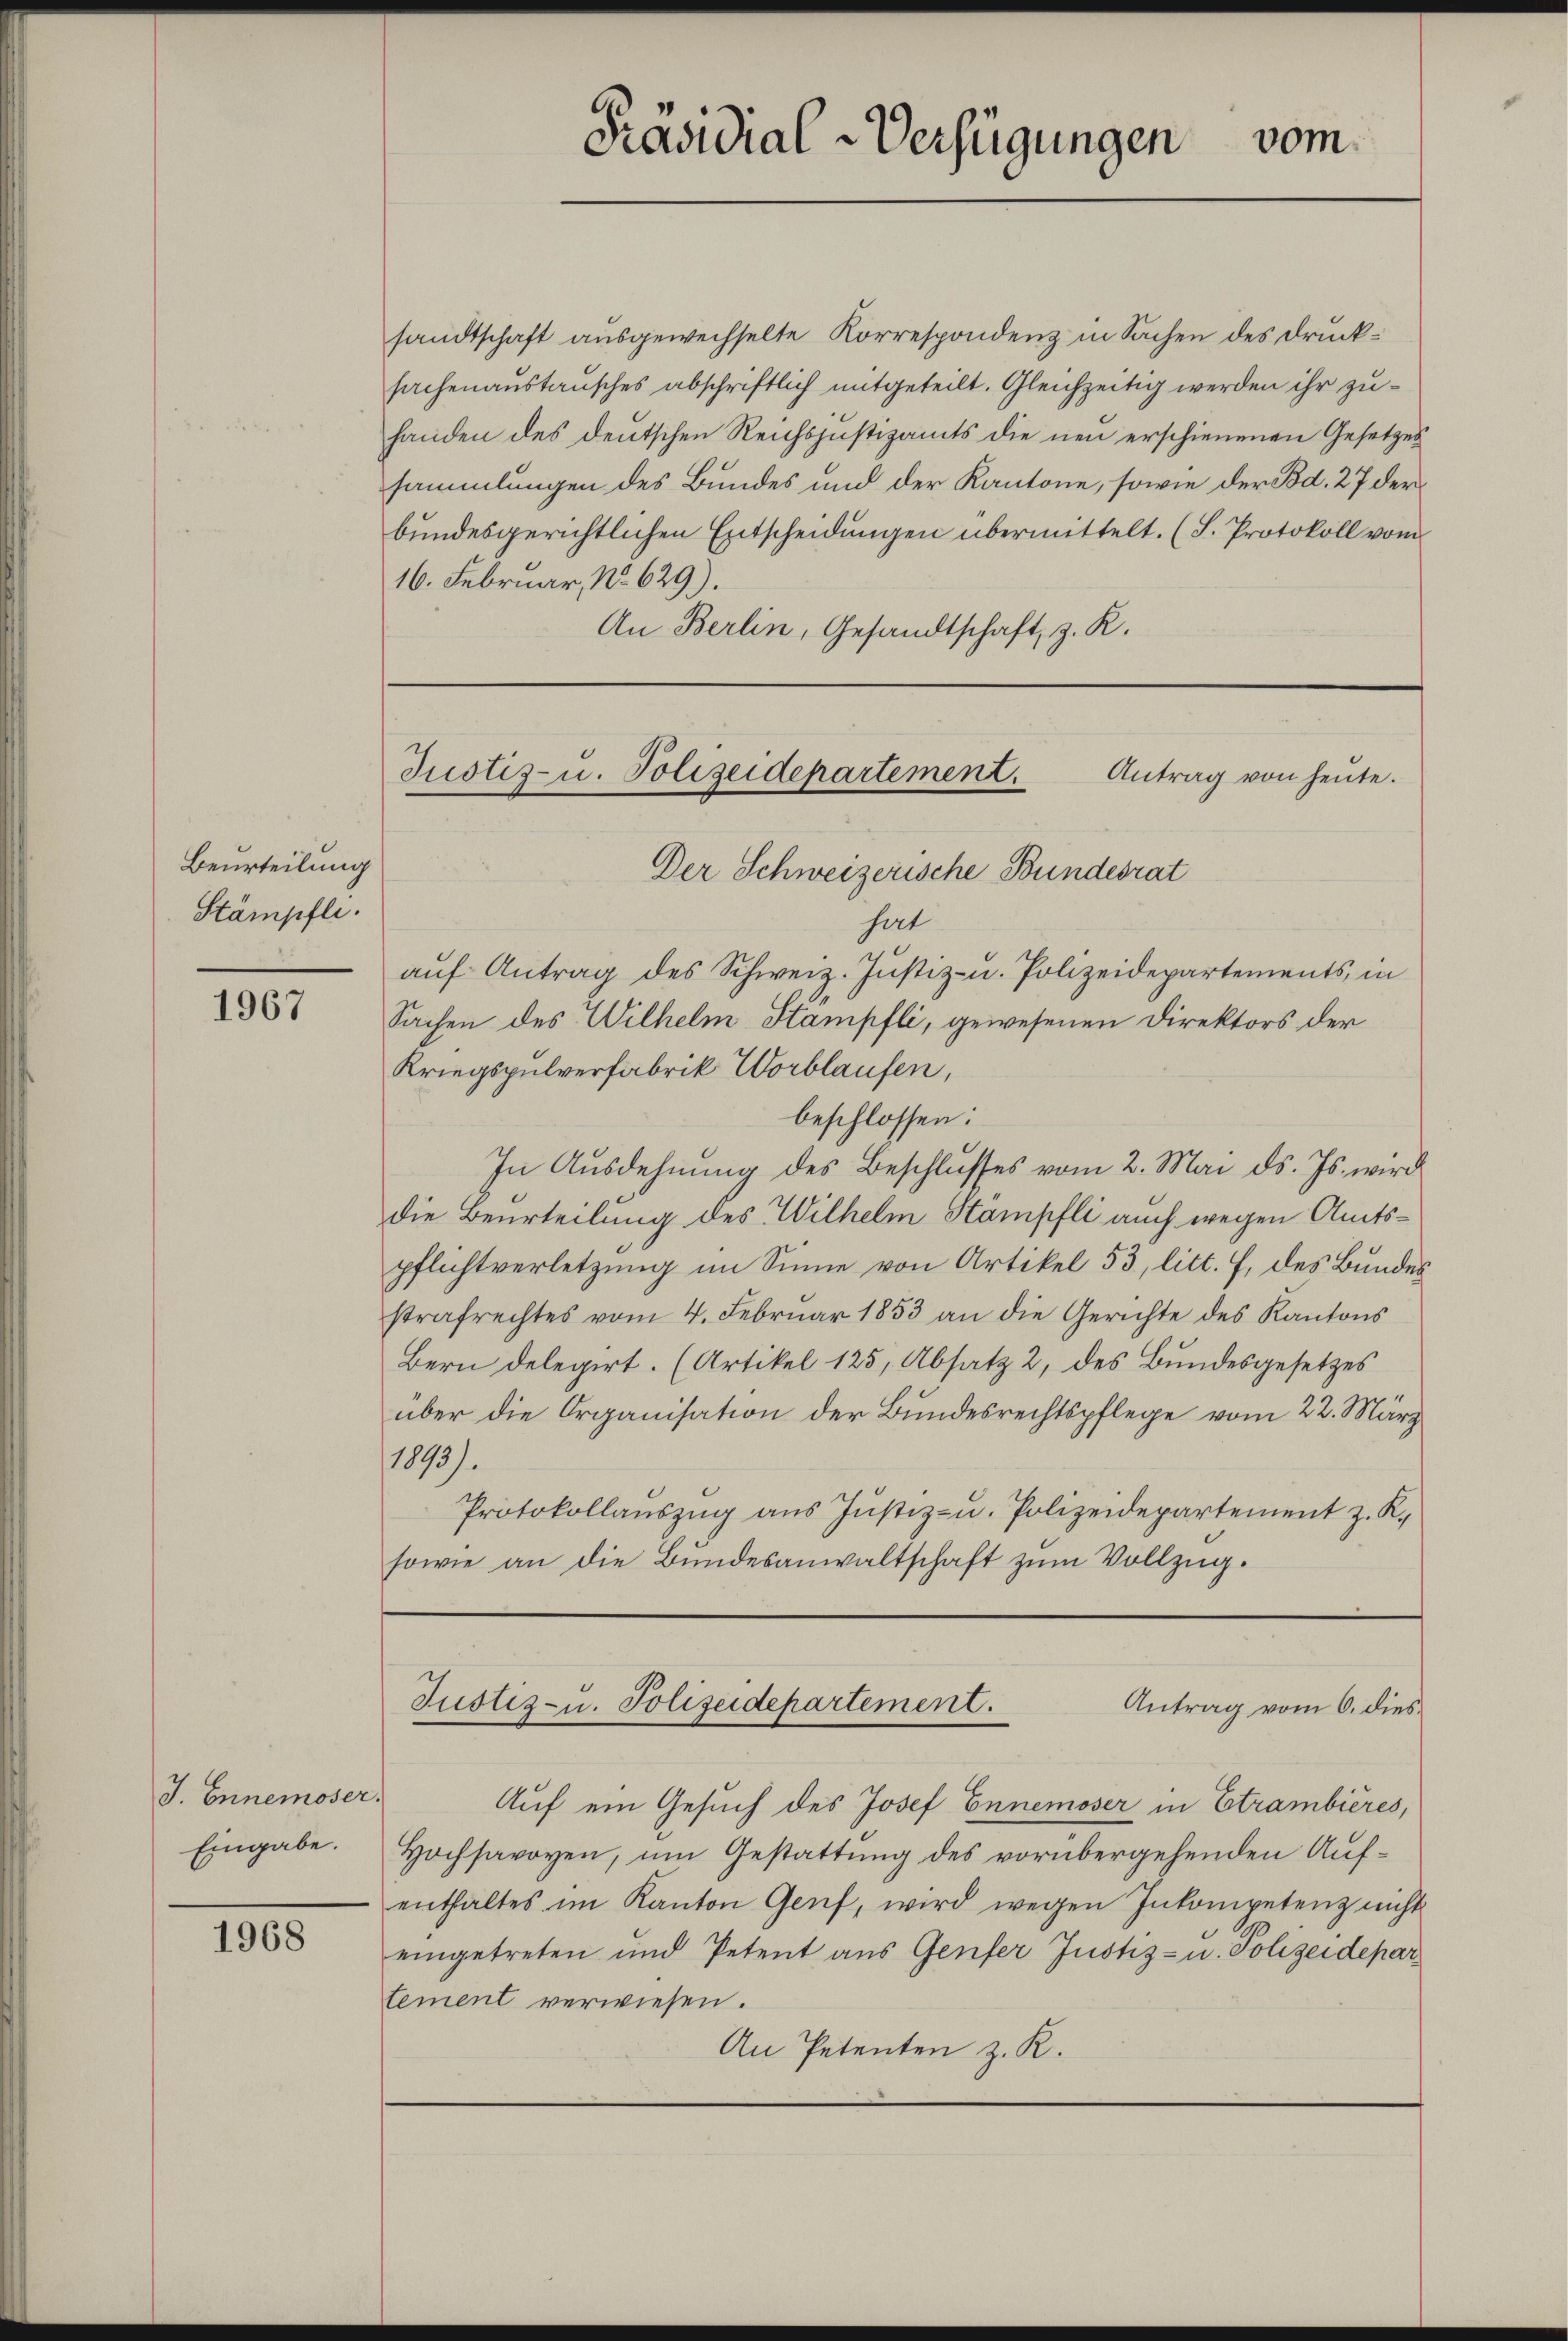
Beurteilung
Stämpfli

1967

J. Ennemoser.
Eingabe.

1968

sandtschaft ausgewechselte Korrespondenz in Sachen des Drucksachenaustausches abschriftlich mitgeteilt. Gleichzeitig werden ihr zuhanden des deutschen Reichsjustizamts die neu erschienenen Gesetzes
sammlungen des Bundes und der Kantone, sowie der Bd. 27 der
bundesgerichtlichen Entscheidungen übermittelt. (S. Protokoll vom
16. Februar, No. 629).
An Berlin, Gesandtschaft, z. R.

Der Schweizerische Bundesrat
hat
aŭf Antrag des Schweiz. Justiz- u. Polizeidepartements, in
Sachen des Wilhelm Stampfli, gewesenen Direktors der
Kriegspulverfabrik Worblaufen,
beschlossen:
In Ausdehnung des Beschlusses vom 2. Mai d. Js. wird
die Beurteilung des Wilhelm Stampfli auch wegen Amtspflichtverletzung im Sinne von Artikel 53, litt. F. des Bundes
strafrechtes vom 4. Febrŭar 1853 an die Gerichte des Kantons
Bern delegirt. (Artikel 125, Absatz 2, des Bundesgesetzes
über die Organisation der Bundesrechtspflege vom 22. März
1893).
Protokollauszug aus Justiz- u. Polizeidepartement z. K.
sowie an die Bundesanwaltschaft zum Vollzug.
Justiz- u. Polizeidepartement.
Antrag vom 6. dies
Auf ein Gesuch des Josef Ennemoser in Etrambières,
Hochsavoyen, um Gestattung des vorübergehenden Aufenthaltes im Kanton Genf, wird wegen Inkompetenz nicht
eingetreten und Petent aus Genfer Justiz- u. Polizeidepar
tement verwiesen.
An Petenten z. K.

Präsidial-Verfügungen vom

Justiz- u. Polizeidepartement. Antrag von heŭte.